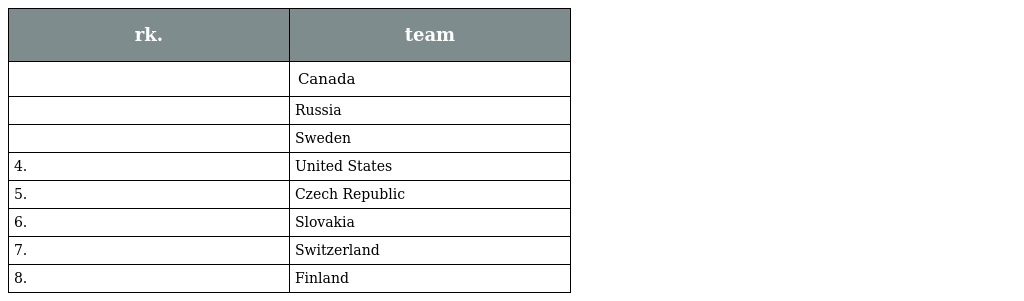
| rk. | team |
 | --- | --- |
 |  | Canada |
 |  | Russia |
 |  | Sweden |
 | 4. | United States |
 | 5. | Czech Republic |
 | 6. | Slovakia |
 | 7. | Switzerland |
 | 8. | Finland |